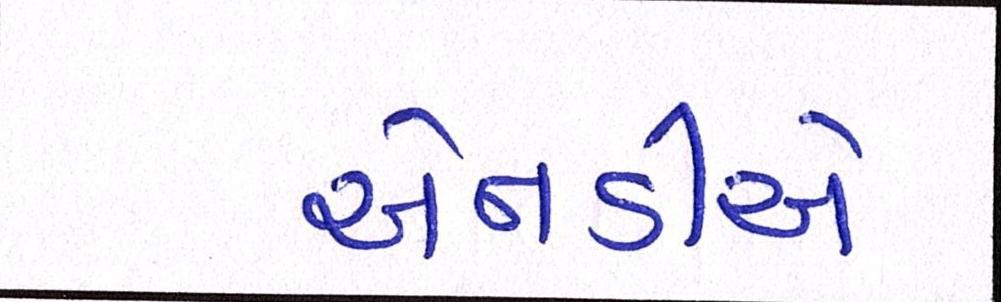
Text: એનડીએ